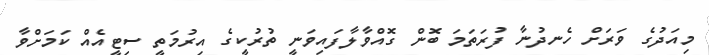
މިއަދުގެ ވަރަށް ހެނދުނާ ފުރަތަމަ ބޮން ގޮއްވާލާފައިވަނީ ތުރުކީގެ އިރުމަތީ ސިޓީއެއް ކަމަށްވާ